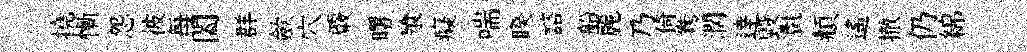
撓慚怨彼每闔群歛穴覈曙飱癡喘睽諮船麗乃倚鴦濶逹毀㲲頫遥撤仍綿